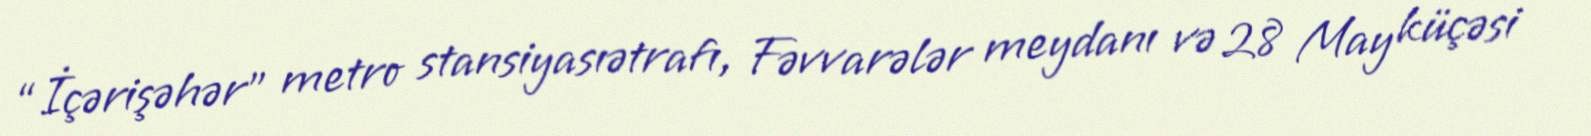
“İçərişəhər” metro stansiyasıətrafı, Fəvvarələr meydanı və 28 May küçəsi